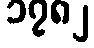
၁၇၈၂